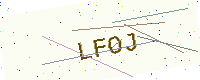
Text: LFOJ